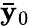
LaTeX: \mathbf{\bar{y}}_{0}